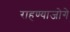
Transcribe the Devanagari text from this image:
राहण्याजोगे